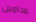
محامين